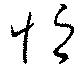
恒